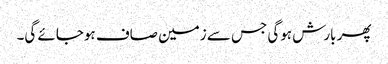
پھر بارش ہوگی جس سے زمین صاف ہوجائے گی۔